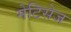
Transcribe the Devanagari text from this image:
मेटिसेज